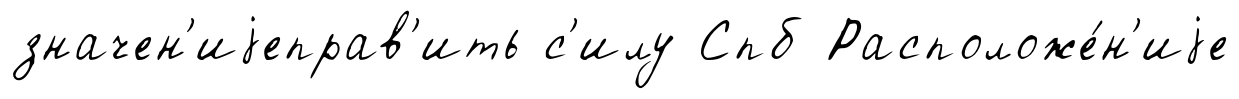
значен'иjеправ'ить с'илу Спб Расположе́н'иjе